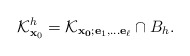
\begin{align*} \mathcal K_{\mathbf x_0}^{h}=\mathcal K_{\mathbf{x_0}; {\mathbf e_1},\ldots {\mathbf e_\ell }}\cap B_{h}.\end{align*}